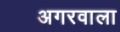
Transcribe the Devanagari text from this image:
अगरवाला